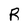
Character: R